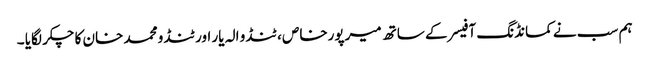
ہم سب نے کمانڈنگ آفیسر کے ساتھ میرپورخاص ، ٹنڈو الہ یار اور ٹنڈو محمد خان کا چکر لگایا ۔